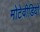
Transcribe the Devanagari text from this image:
मोटेवीडियो